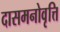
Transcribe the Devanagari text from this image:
दासमनोवृत्ति